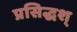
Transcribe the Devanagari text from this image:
प्रसिद्धश्